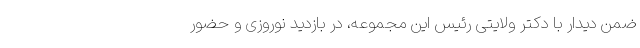
ضمن دیدار با دکتر ولایتی رئیس این مجموعه، در بازدید نوروزی و حضور